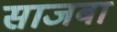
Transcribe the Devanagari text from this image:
साजबा